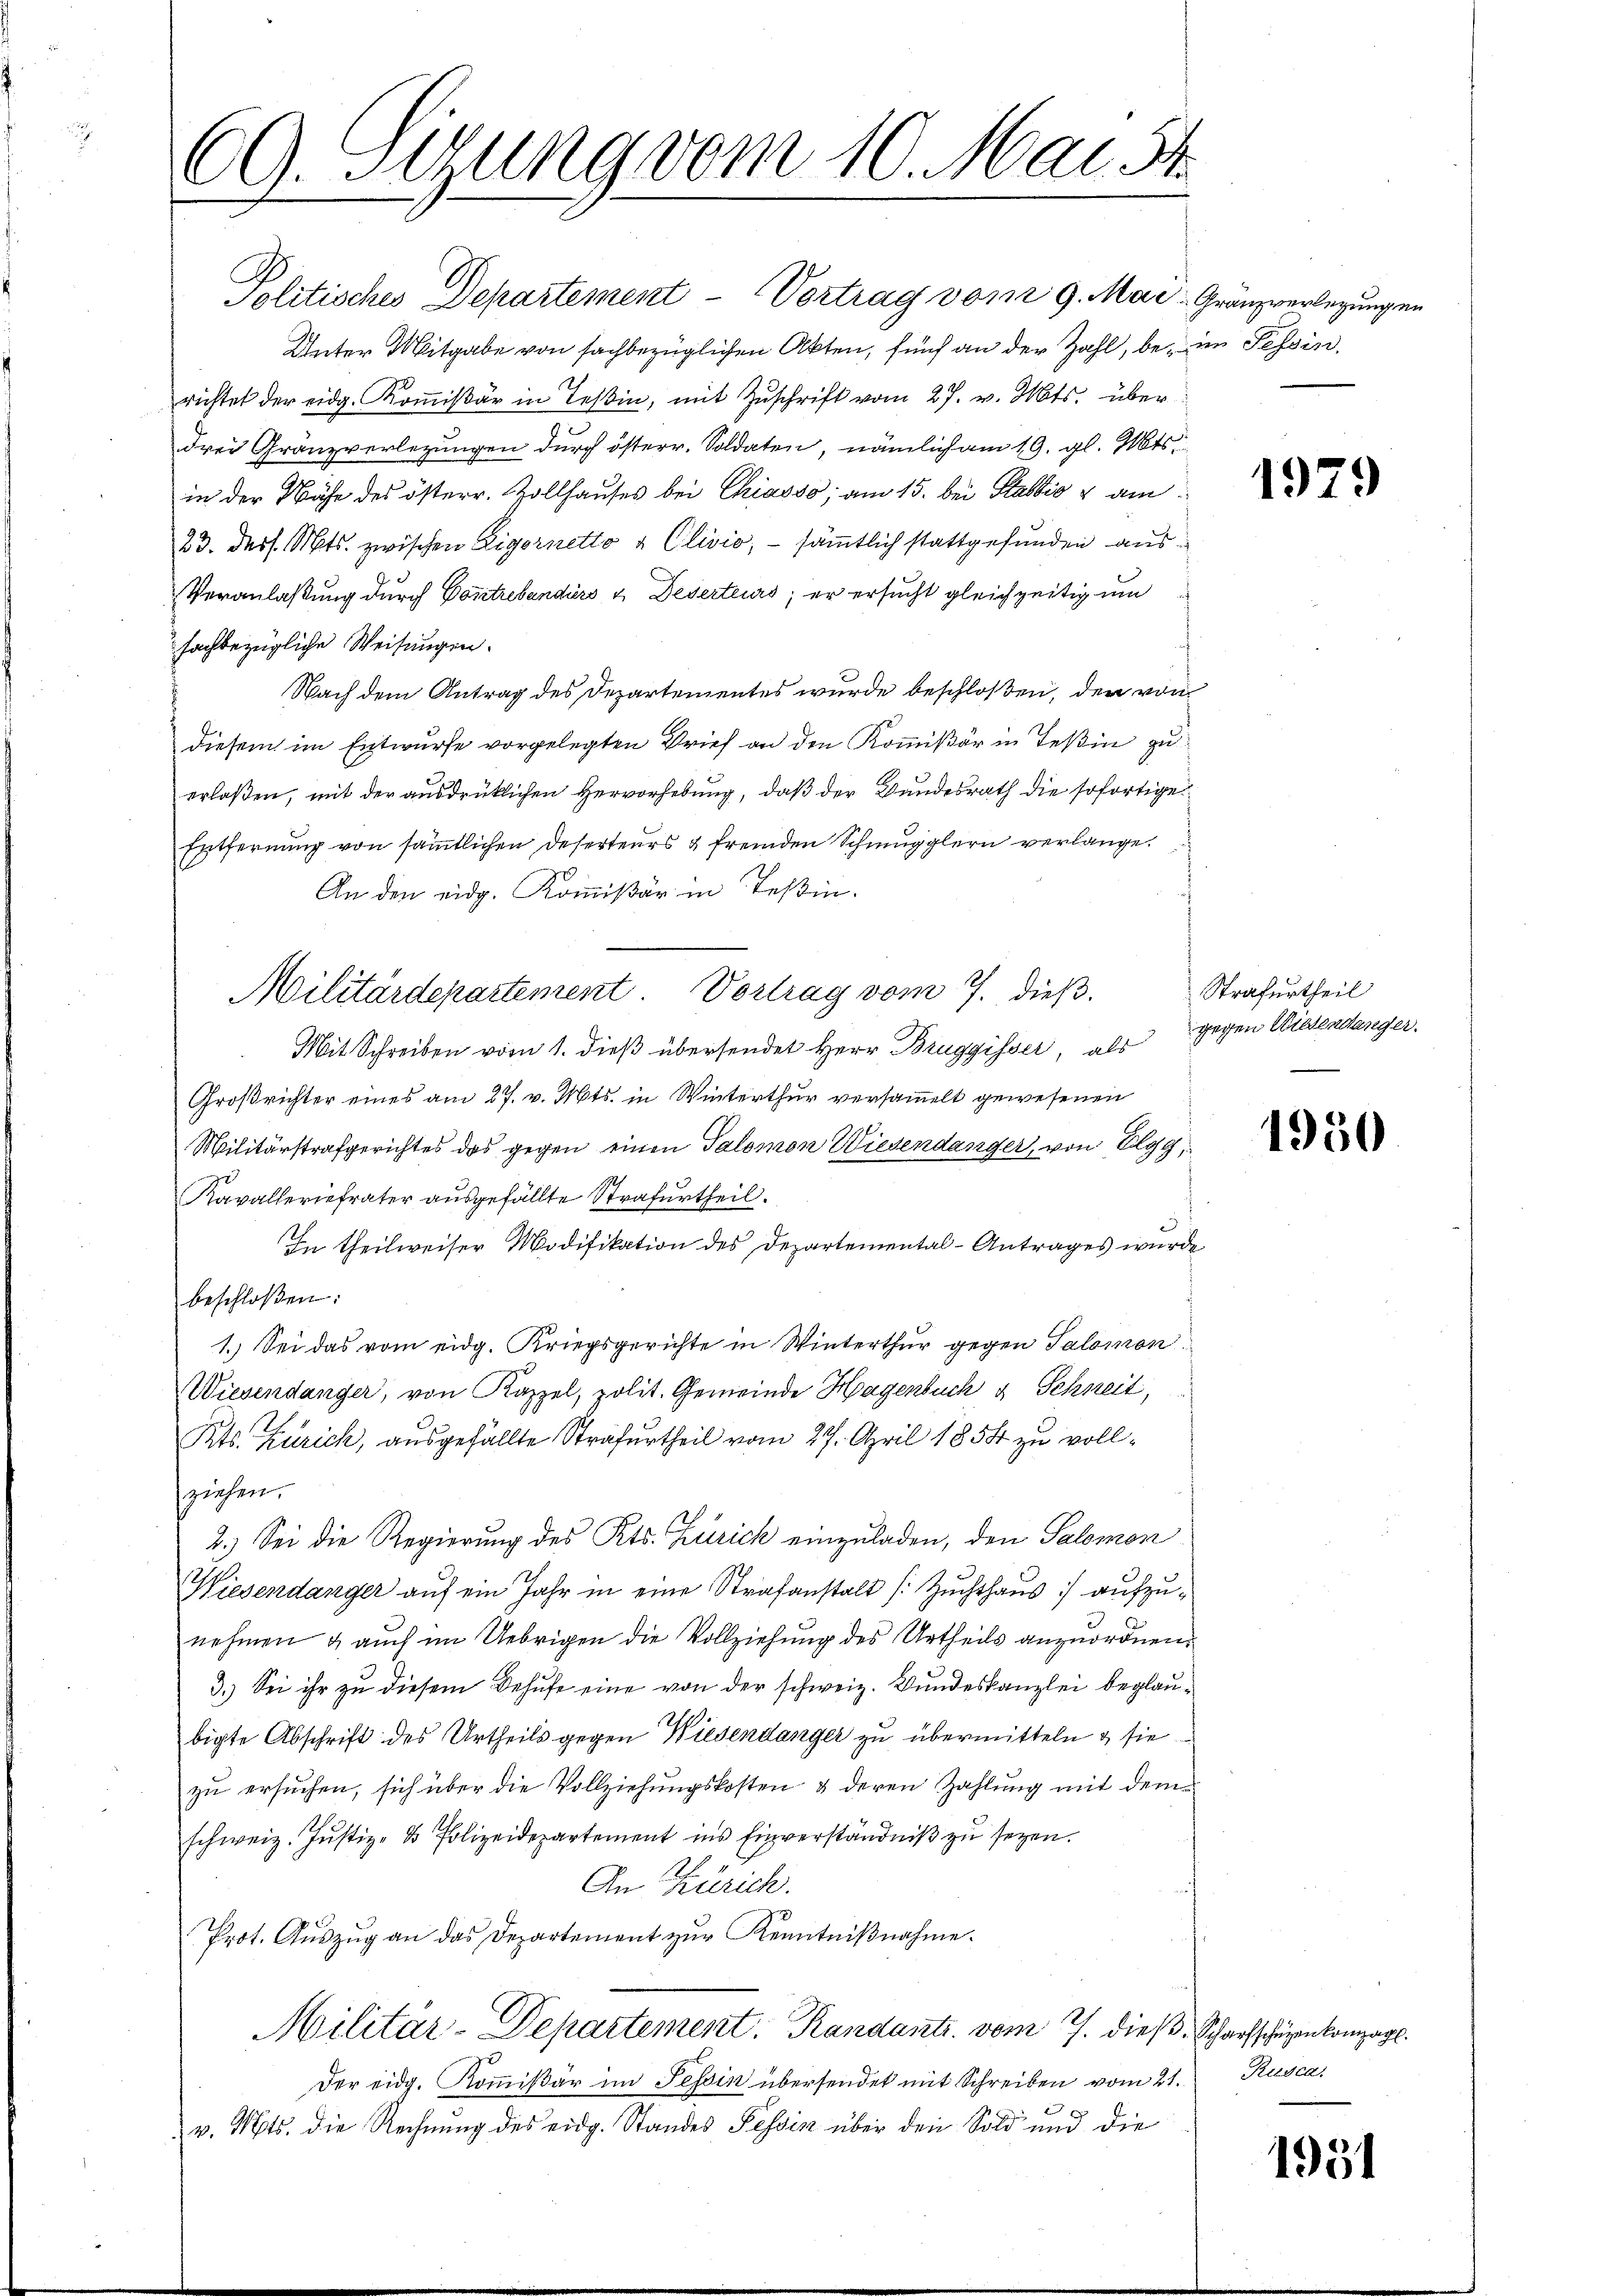
69. Sitzung vom 10. Mai. 54.

Politisches Departement - Vortrag vom 9. Mai- Gränzverlegungen
Unter Mitgabe von sachbezüglichen Akten, fünf an der Zahl, be- in Tessin,
richtet der eidg. Kommißär in Teßin, mit Zuschrift vom 27. v. Mts. über
drei Gränzverlegungen durch österr. Soldaten, nämlich am 19. gl. Mts.
in der Nähe des österr. Zollhauses bei Chiasso; am 15. bei Stallis & am
23. dess. Mts. zwischen Eigornetto a Clivio, - sämtlich stattgefunden aus¬
Veranlaßung durch Contrebendiers u. Deserteurs; er ersucht gleichzeitig um
fachbezügliche Weisungen.
Nach dem Antrag des Departementes wurde beschloßen, den von
diesem im Entwurfe vorgelegten Brief an den Kommißär in Teßin zu
erlaßen, mit der ausdrücklichen Hervorhebung, daß der Bundesrath die sofortige
Entfernung von sämmtlichen Deserteurs & fremden Schmugglern verlange
An den eidg. Kommißär in Teßin.
Vortrag vom 7. dieß.
Mit Schreiben vom 1. dieß übersendet Herr Bruggisser, als
Großrichter eines am 27. v. Mts. in Winterthur versammelt gewesenen
Militärstrafgerichtes das gegen einen Talomon Wiesendanger, von Elgg,
Ravalleriefrater ausgefällte Strafurtheil.
In theilweiser Modifikation des Departemental-Antrages wurde
beschloßen:
1.) Sei das vom eidg. Kriegsgerichte in Winterthur gegen Salomon
Wiesendanger, von Kappel, polit. Gemeinde Hagenbuch & Schneit,
Kts. Zürich, ausgefällte Strafurtheil vom 27. April 1854 zu vollziehen.
2.) Sei die Regierung des Kts. Zürich einzuladen, den Salomon
Wiesendanger auf ein Jahr in eine Strafanstalt (Zuchthaus :/ aufzunehmen & auch im Uebrigen die Vollziehung des Urtheils anzuordnen.
3.) Sei ihr zu diesem Behufe eine von der schweiz. Bundeskanzlei beglaubigte Abschrift des Urtheils gegen Wiesendanger zu übermitteln & sie
zu ersuchen, sich über die Vollziehungskosten & deren Zahlung mit dem
schweiz. Jŭstiz- & Polizeidepartement ins Einverständniβ zŭ sezen.
An Zürich.
Prot. Auszug an das Departement zur Kenntnißnahme.
Militär-Departement. Randants. vom 7. dieß. Scharfschüren kompag
Der eidg. Kommißär im Tessin übersendet mit Schreiben vom 21. Rusca,
v. Mts. die Rechnung des eidg. Standes Tessin über den Sold und die

Militärdepartement.

e

1979

Strafurtheil
gegen Wiedendanger.

1950

1931